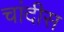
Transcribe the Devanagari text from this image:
चांदीस